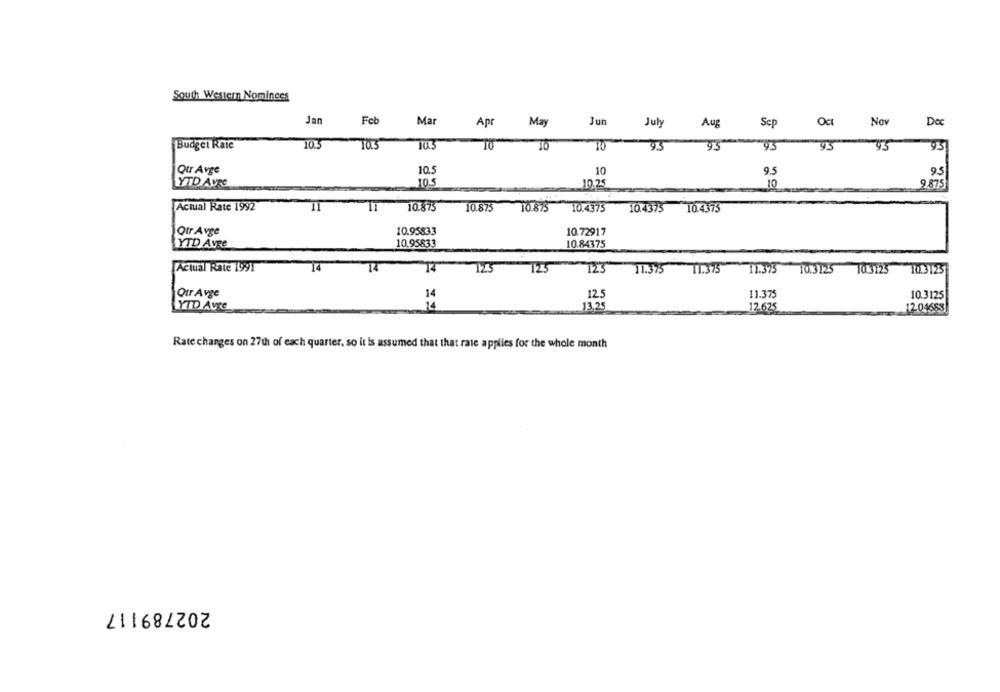
South Western Nominees
Jan
Feb
Mar
Apc
May
Jun
July
Aug
Scp
Nav
Doc
10.5
10.5
Budget Raie
10
93
95
95
93
Qur Avge
10.5
10
9.5
95
YTD AVEC
10.5
10.25
10
9.875
Actual Rate 1992
11
10.873
10.873
10.875
10.4375
10.4375 10.4375
Otr Avge
10.95833
10.72917
YTD AVRe
10.95833
10.84375
Actual Rate 1991
14
T4
-
T25
123 11.375
11.375 11.375 10.3125 10.3125
10.3125
Otr Avge
14
12.5
11.375
10.3125
YTD Avre
14
13.25
12.625
12.04683
Rate changes on 27th of each quarter, so it is assumed that that rate applies for the whole month
202789117